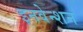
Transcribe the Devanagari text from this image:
इनवेन्शन